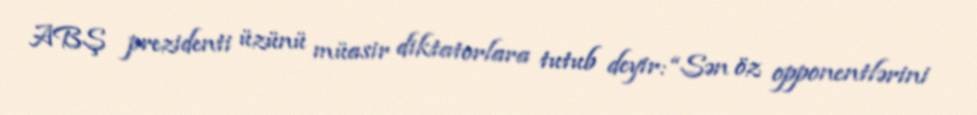
ABŞ prezidenti üzünü müasir diktatorlara tutub deyir: “Sən öz opponentlərini